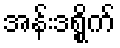
အန်းဒရွိုက်